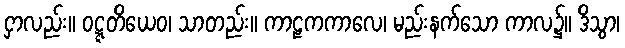
ငှာလည်း။ ဝဋ္ဋတိယေဝ၊ သာတည်း။ ကာဠကကာလေ၊ မည်းနက်သော ကာလ၌။ ဒိသွာ၊